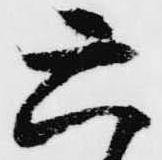
六